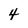
Character: 4